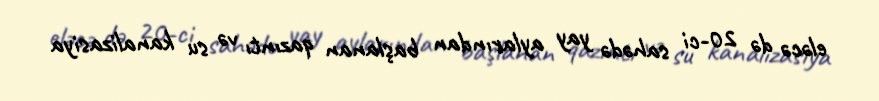
eləcə də 20-ci sahədə yay aylarından başlanan qazıntı və su kanalizasiya